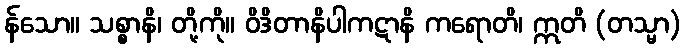
န်သော။ သစ္စာနိ၊ တို့ကို။ ဝိဒိတာနိပါကဋာနိ ကရောတိ၊ ဣတိ (တသ္မာ)